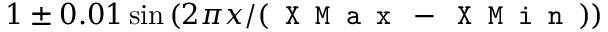
1 \pm 0 . 0 1 \sin \left( 2 \pi x / ( \texttt { X M a x } - \texttt { X M i n } ) \right)